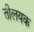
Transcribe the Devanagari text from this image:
तीलयक